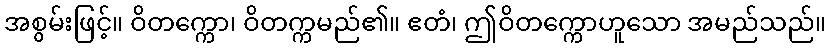
အစွမ်းဖြင့်။ ဝိတက္ကော၊ ဝိတက္ကမည်၏။ ဧတံ၊ ဤဝိတက္ကောဟူသော အမည်သည်။